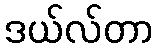
ဒယ်လ်တာ